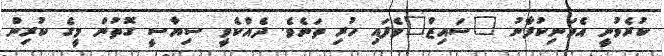
ކުރެވުނީ އެމަނިކުފާނު "ސައިޒް"ވެފައި ހުރި ތަނެވެ. ދެއްކެވީ ސިޔާސީ ގޮތުން މީގެ ކުރިން